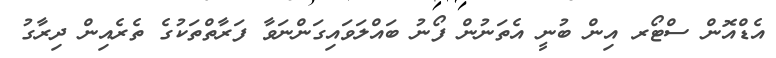
އެޑްއޮން ސްޓޯރ އިން ބުނީ އެތަނުން ފޯނު ބައްލަވައިގަންނަވާ ފަރާތްތަކުގެ ތެރެއިން ދިރާގު